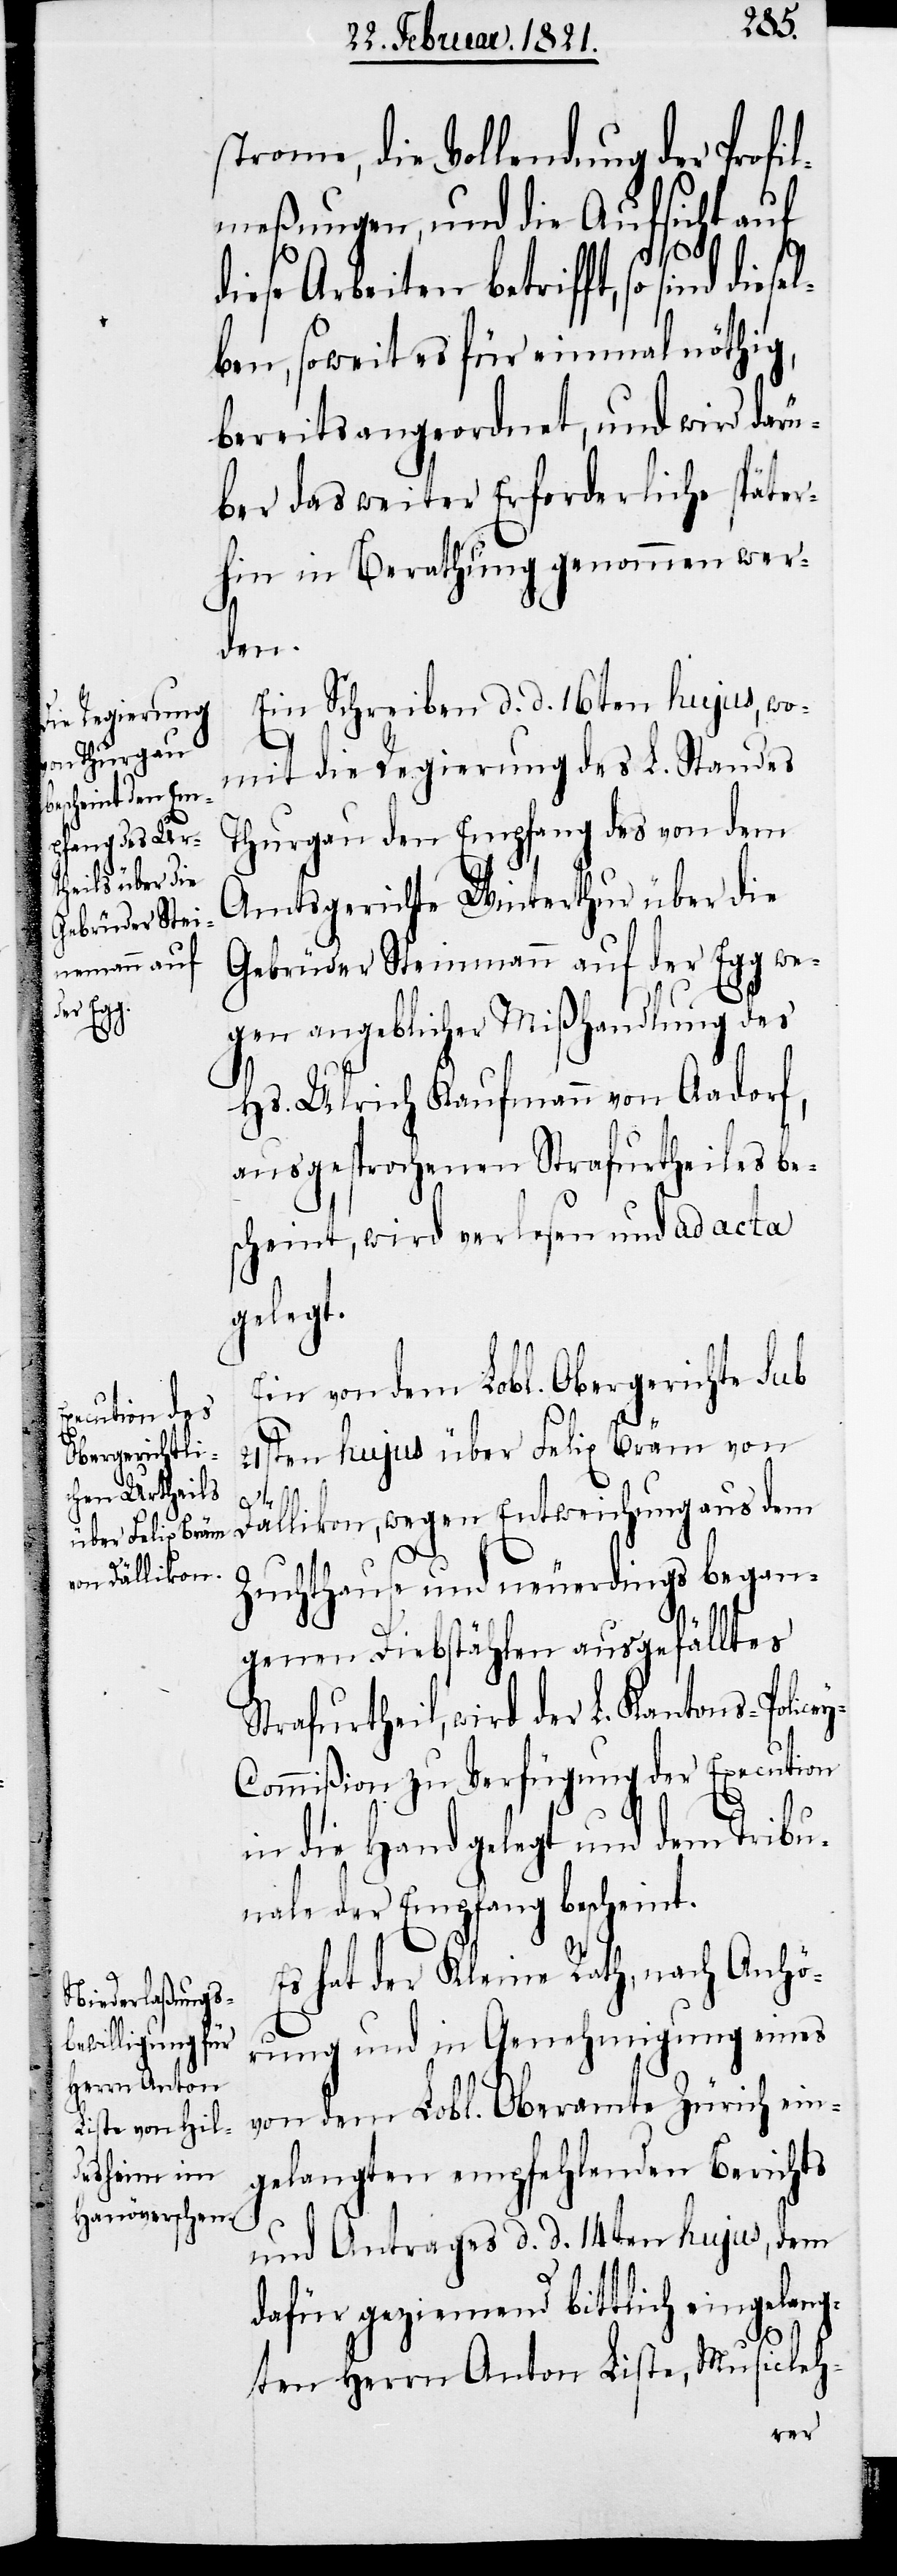
diesel¬

strome, die Vollendung der Profi¬
lmeßungen, und die Aufsicht auf
diese Arbeiten betrifft, so sind
ben, soweit es für einmal nöthig,
bereits angeordnet, und wird darü¬
ber das weiter Erforderliche später¬
hin in Berathung genommen wer¬
den.
Ein Schreiben d. d. 16ten hujus, wo¬
mit die Regierung des L. Standes
Thurgau den Empfang des von dem
Amtsgerichte Winterthur über die
Gebrüder Steinmann auf der Egg we¬
gen angeblicher Mißhandlung des
Hs. Ulrich Kaufmann von Aadorf,
ausgesprochenen Strafurtheiles be¬
scheint, wird verlesen und ad acta
gelegt.
Ein von dem Lobl. Obergerichte sub
21ten hujus über Felix Bräm von
Dällikon, wegen Entweichung aus dem
Zuchthause und neuerdings began¬
genen Diebstählen ausgefälltes
Strafurtheil, wird der L. Kantons-Polize¬
y-Commißion zu Verfügung der Execution
in die Hand gelegt und dem Tribu¬
nale der Empfang bescheint.
Es hat der Kleine Rath, nach Anhö¬
rung und in Genehmigung eines
von dem Lobl. Oberamte Zürich ein¬
gelangten empfehlenden Berichts
und Antrages d. d. 14ten hujus, dem
dafür geziemend bittlich eingelang¬
ten Herrn Anton Liste, Musicleh-